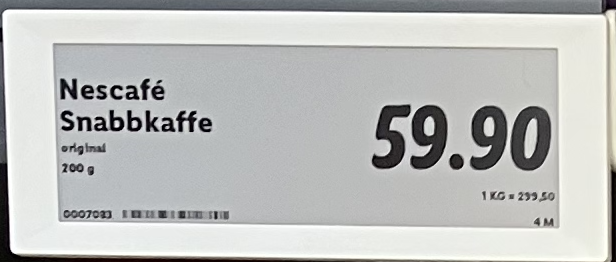
Vara: Nescafé Snabbkaffe
Genomsnittspris: 299.5 per kg